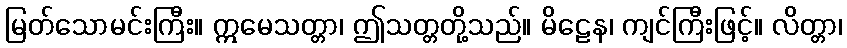
မြတ်သောမင်းကြီး။ ဣမေသတ္တာ၊ ဤသတ္တတို့သည်။ မိဠေန၊ ကျင်ကြီးဖြင့်။ လိတ္တာ၊